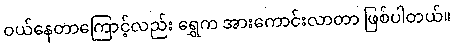
ဝယ်နေတာကြောင့်လည်း ရွှေက အားကောင်းလာတာ ဖြစ်ပါတယ်။